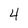
Character: 4